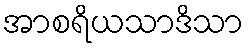
အာစရိယသာဒိသာ